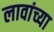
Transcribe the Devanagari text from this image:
लावांच्या